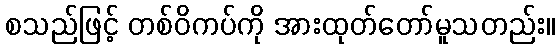
စသည်ဖြင့် တစ်ဝိကပ်ကို အားထုတ်တော်မူသတည်း။